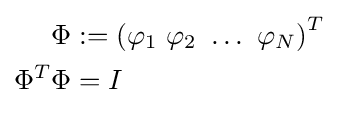
{\begin{aligned}\Phi &:=\left(\varphi _{1}~\varphi _{2}~\ldots ~\varphi _{N}\right)^{T}\\\Phi ^{T}\Phi &=I\end{aligned}}